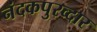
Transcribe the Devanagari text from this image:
नंदकपुरव्दार